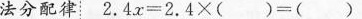
法分配律$$2 . 4 x = 2 . 4 \times ( ) = ( )$$